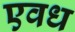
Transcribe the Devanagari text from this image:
एवध